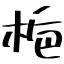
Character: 梔